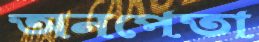
অনপেতা